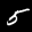
Label: 5